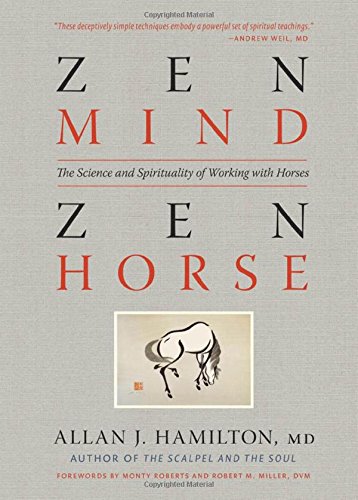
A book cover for Zen Mind, Zen Horse: The Science and Spirituality of Working with Horses; Allan J. Hamilton M.D.; Crafts, Hobbies & Home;